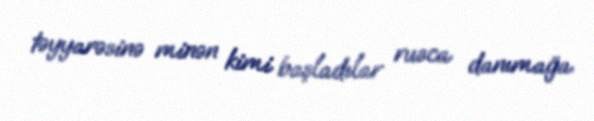
təyyarəsinə minən kimi başladılar rusca danımağa.